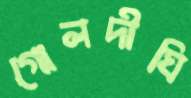
গোলদীঘি